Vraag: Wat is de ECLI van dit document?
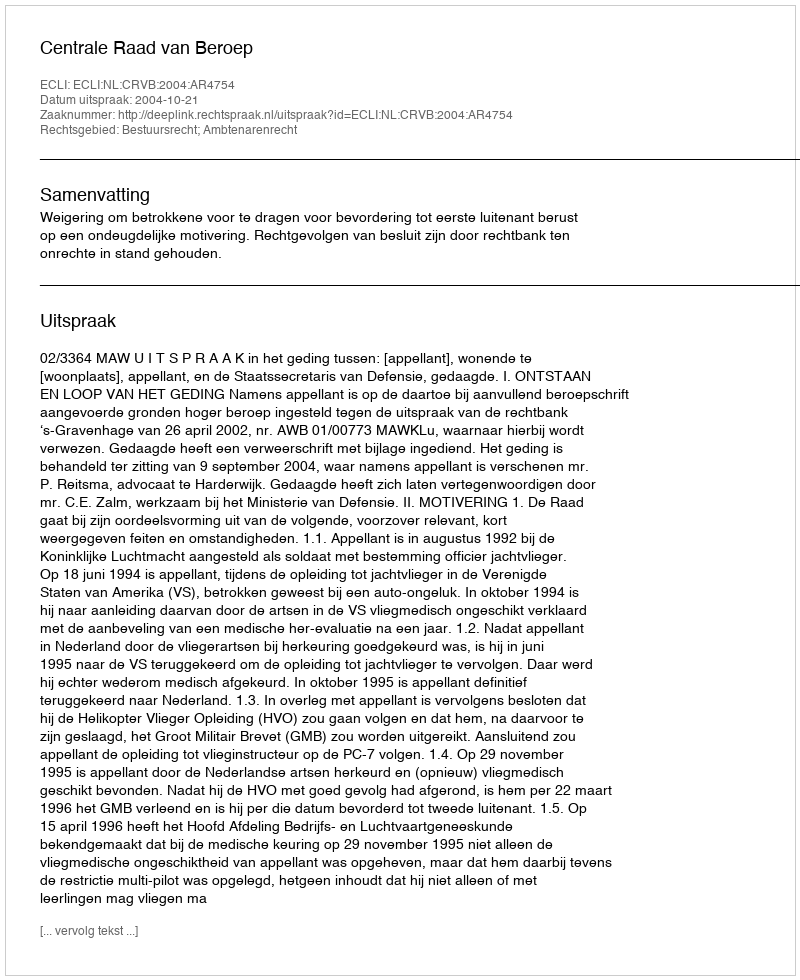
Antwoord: ECLI:NL:CRVB:2004:AR4754